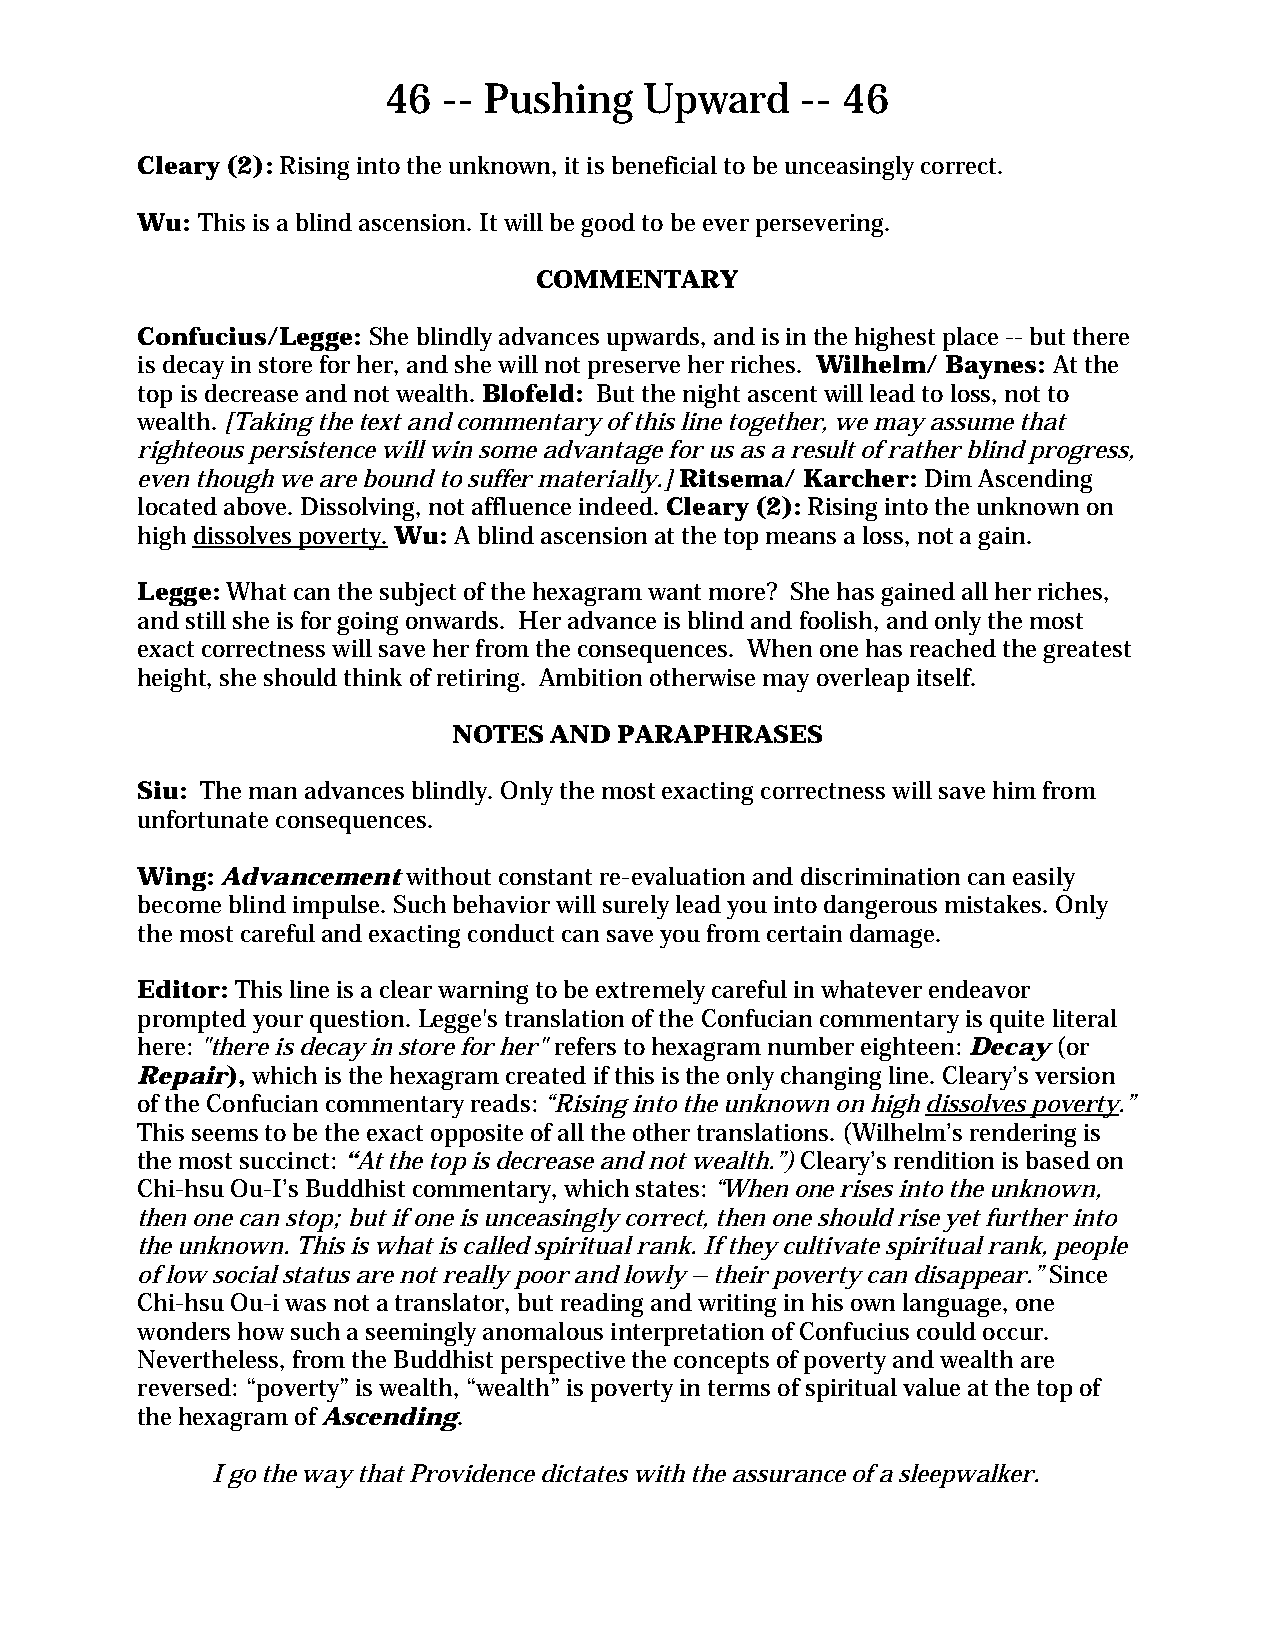
46 -- Pushing    Upward    -- 46
 Cleary (2): Rising into the unknown, it is beneficial to be unceasingly correct.
 Wu: This is a blind ascension. It will be good to be ever persevering.
 COMMENTARY
 Confucius/Legge: She blindly advances upwards, and is in the highest place -- but there
 is decay in store for her, and she will not preserve her riches. Wilhelm/ Baynes: At the
 top is decrease and not wealth. Blofeld: But the night ascent will lead to loss, not to
 wealth. [Taking the text and commentary of this line together, we may assume that
 righteous persistence will win some advantage for us as a result of rather blind progress,
 even though we are bound to suffer materially.] Ritsema/ Karcher: Dim Ascending
 located above. Dissolving, not affluence indeed. Cleary (2): Rising into the unknown on
 high dissolves poverty. Wu: A blind ascension at the top means a loss, not a gain.
 Legge: What can the subject of the hexagram want more? She has gained all her riches,
 and still she is for going onwards. Her advance is blind and foolish, and only the most
 exact correctness will save her from the consequences. When one has reached the greatest
 height, she should think of retiring. Ambition otherwise may overleap itself.
 NOTES AND  PARAPHRASES
 Siu: The man advances blindly. Only the most exacting correctness will save him from
 unfortunate consequences.
 Wing: Advancement without constant re-evaluation and discrimination can easily
 become blind impulse. Such behavior will surely lead you into dangerous mistakes. Only
 the most careful and exacting conduct can save you from certain damage.
 Editor: This line is a clear warning to be extremely careful in whatever endeavor
 prompted your question. Legge's translation of the Confucian commentary is quite literal
 here: "there is decay in store for her" refers to hexagram number eighteen: Decay (or
 Repair), which is the hexagram created if this is the only changing line. Cleary’s version
 of the Confucian commentary reads: “Rising into the unknown on high dissolves poverty.”
 This seems to be the exact opposite of all the other translations. (Wilhelm’s rendering is
 the most succinct: “At the top is decrease and not wealth.”) Cleary’s rendition is based on
 Chi-hsu Ou-I’s Buddhist commentary, which states: “When one rises into the unknown,
 then one can stop; but if one is unceasingly correct, then one should rise yet further into
 the unknown. This is what is called spiritual rank. If they cultivate spiritual rank, people
 of low social status are not really poor and lowly – their poverty can disappear.” Since
 Chi-hsu Ou-i was not a translator, but reading and writing in his own language, one
 wonders how such a seemingly anomalous interpretation of Confucius could occur.
 Nevertheless, from the Buddhist perspective the concepts of poverty and wealth are
 reversed: “poverty” is wealth, “wealth” is poverty in terms of spiritual value at the top of
 the hexagram of Ascending.
 I go the way that Providence dictates with the assurance of a sleepwalker.